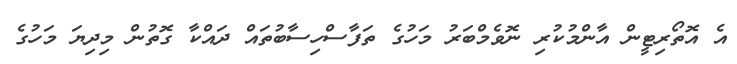
އެ އޮތޯރިޓީން އާންމުކުރި ނޮވެމްބަރު މަހުގެ ތަފާސްހިސާބުތައް ދައްކާ ގޮތުން މިދިޔަ މަހުގެ